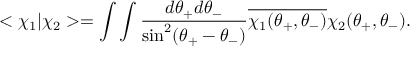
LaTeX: < \chi _ { 1 } | \chi _ { 2 } > = \int \int \frac { d \theta _ { + } d \theta _ { - } } { \sin ^ { 2 } ( \theta _ { + } - \theta _ { - } ) } \overline { { { \chi _ { 1 } ( \theta _ { + } , \theta _ { - } ) } } } \chi _ { 2 } ( \theta _ { + } , \theta _ { - } ) .